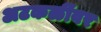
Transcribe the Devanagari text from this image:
अटकळींवर